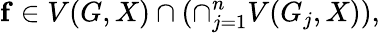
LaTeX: \mathbf{f}\in V(G,X)\cap(\cap_{j=1}^{n}V(G_{j},X)),